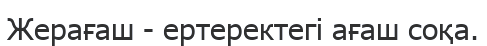
Жерағаш - ертеректегі ағаш соқа.